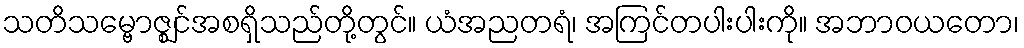
သတိသမ္ဗောဇ္ဈင်အစရှိသည်တို့တွင်။ ယံအညတရံ၊ အကြင်တပါးပါးကို။ အဘာဝယတော၊